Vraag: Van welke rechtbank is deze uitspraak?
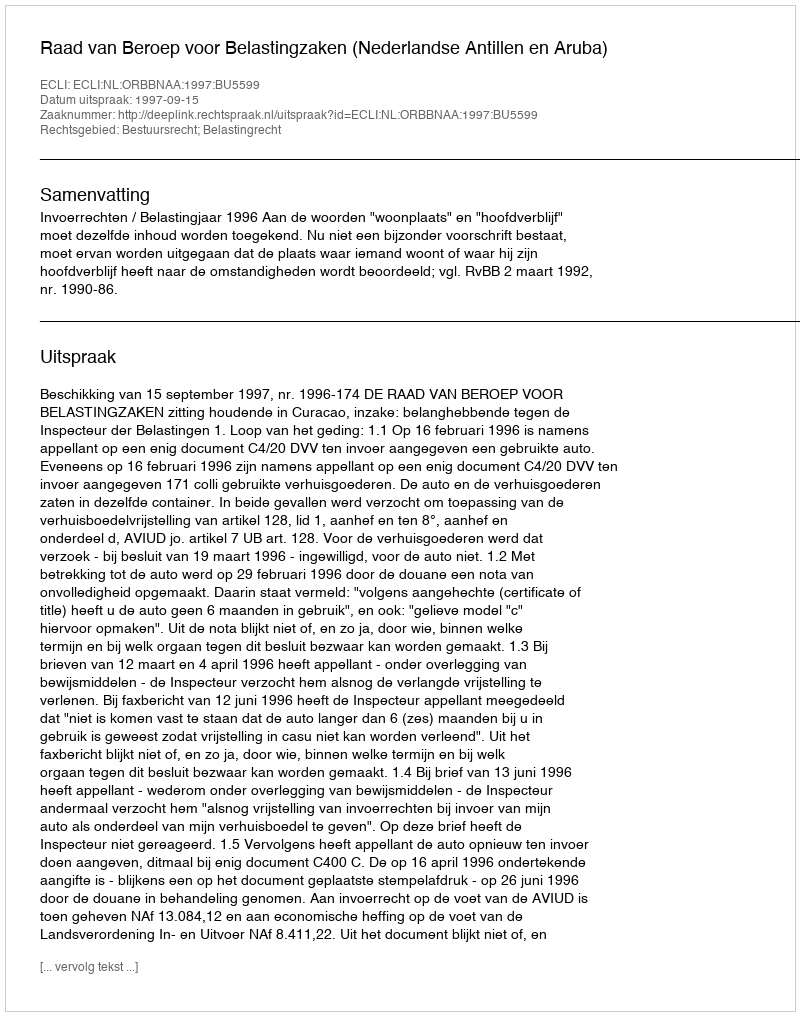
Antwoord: Raad van Beroep voor Belastingzaken (Nederlandse Antillen en Aruba)